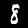
Digit: 8